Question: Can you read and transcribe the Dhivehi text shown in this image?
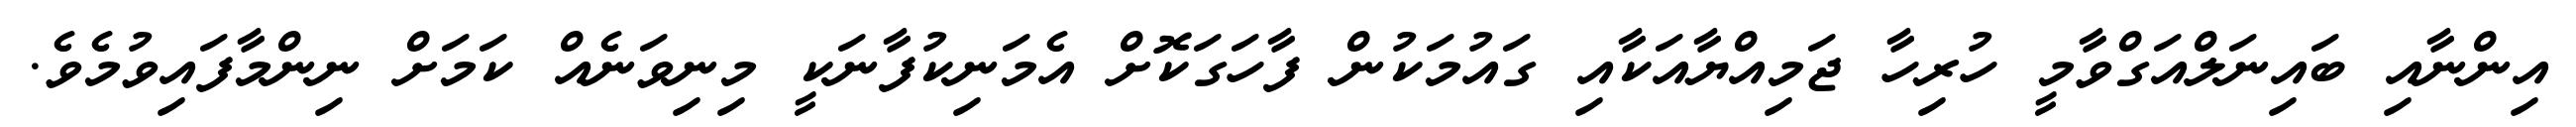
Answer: އިންނާއި ބައިނަލްއަގްވާމީ ހުރިހާ ޖަމިއްޔާއަކާއި ގައުމަކުން ފާހަގަކޮށް އެމަނިކުފާނަކީ މިނިވަނެއް ކަމަށް ނިންމާފައިވުމެވެ.